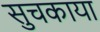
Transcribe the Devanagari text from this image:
सुचकाया